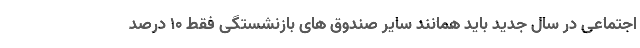
اجتماعی در سال جدید باید همانند سایر صندوق های بازنشستگی فقط ۱۰ درصد